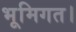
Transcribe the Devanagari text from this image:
भूमिगत।